Vaccination North-Western Provinces 1866-1877 - 1866-1877
Year: 1866
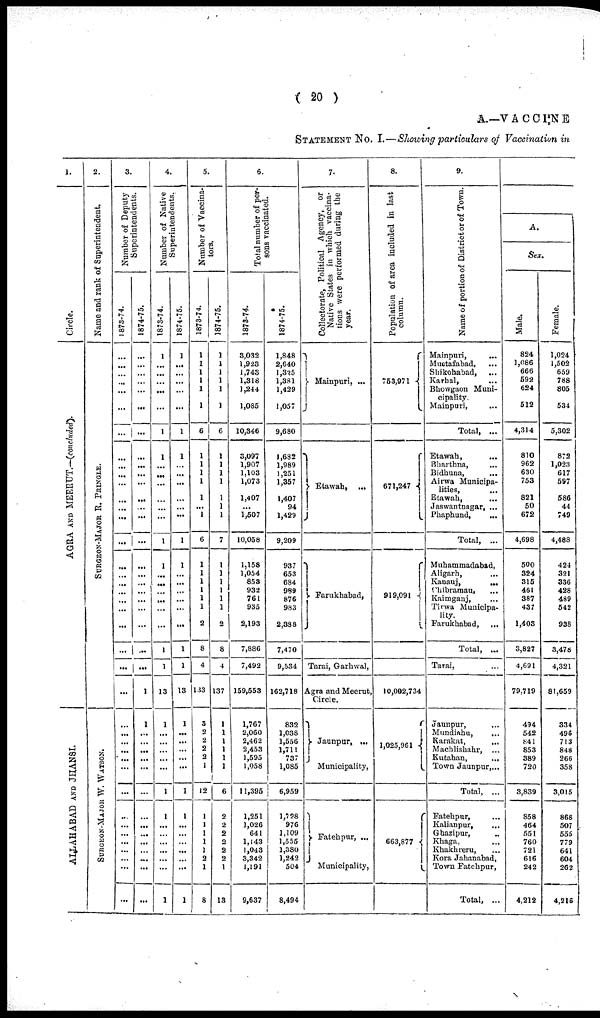
( 20 )
A.—VACCINE
STATEMENT No. I.—Showing particulars of Vaccination in
1.
Circle.
AGRA AND MEERUT.—(concluded).
ALLAHABAD
AND JHANSI
2.
Name and rank of Superintendent.
S
UR GE ON-MAJOR R. PRINGLE.
SURGEON-MAJOR W. WATSON.
3.
Number of Deputy
Superintendents.
1873-74.
...
...
...
...
...
...
...
...
...
...
...
...
...
...
...
...
...
...
...
...
...
...
...
...
...
...
...
...
...
...
...
...
...
...
...
...
...
...
...
...
1874-75.
...
...
...
...
...
...
...
...
...
...
...
...
...
...
...
...
...
...
...
...
...
...
...
...
1
1
...
...
...
...
...
...
...
...
...
...
...
...
...
...
4.
Number of Native
Superintendents.
1873-74.
1
...
...
...
...
...
1
1
...
...
...
...
...
...
1
1
...
...
...
...
...
...
1
1
13
1
...
...
...
...
...
1
1
...
...
...
...
...
...
1
1874-75.
1
...
...
...
...
...
1
1
...
...
...
...
...
...
1
1
...
...
...
...
...
...
1
1
13
1
...
...
...
...
...
1
1
...
...
...
...
...
...
1
5.
Number of Vaccina¬
tors.
1873-74.
1
1
1
1
1
1
6
1
1
1
1
1
...
1
6
1
1
1
1
1
1
2
8
4
133
3
2
2
2
2
1
12
1
1
1
1
1
2
1
8
1874-75.
1
1
1
1
1
1
6
1
1
1
1
1
1
1
7
1
1
1
1
1
1
2
8
4
137
1
1
1
1
1
1
6
2
2
2
2
2
2
1
13
6.
Total number of per-
sons vaccinated.
1873-74.
3,032
1,923
1,743
1,318
1,244
1,085
10,346
3,097
1,907
1,103
1,073
1,407
...
1,507
10,058
1,158
1,054
853
932
761
935
2,193
7,886
7,492
159,553
1,767
2,060
2,462
2,453
1,595
1,058
11,395
1,251
1,026
641
1,143
1,043
3,342
1,191
9,637
1874-75.
1,848
2,640
1,325
1,381
1,429
1,057
9,680
1,682
1,989
1,251
1,357
1,407
94
1,429
9,209
937
653
684
989
876
983
2,338
7,470
9,534
162,718
832
1,038
1,556
1,711
737
1,085
6,959
1,728
976
1,109
1,555
1,380
1,242
504
8,494
7.
Collectorate, Political Agency, or
Native States in which vaccina-
tions were performed during the
year.
Mainpuri, ...
Etawah, ...
Farukhabad,
Tarai, Garhwal,
Agra and Meerut,
Circle.
Jaunpur, ...
Municipality,
Fatehpur, ...
Municipality,
8.
Population of area included in last
column.
753,971
671,247
919,091
10,002,734
1,025,961
663,877
9.
Name of portion of District or of Town.
Mainpuri, ...
Muotafabad, ...
Shikohabad, ...
Karhal, ...
Bhowgaon Muni-
cipality.
Mainpuri, ...
Total, ...
Etawah, ...
Bharthna, ...
Bidhuna, ...
Airwa Municipa-
lities, ...
Etawah, ...
Jaswantnagar, ...
Phaphund, ...
Total, ...
Muhammadabad,
Aligarh, ...
Kanauj,
...
Chibramau, ...
Kaimganj, ...
Tirwa Municipa-
lity.
Farukhabad,
Total, ...
Tarai, ...
Jaunpur, ...
Mundiahu, ...
Karakat,
...
Machlishahr, ...
Kutahan, ...
Town Jaunpur,...
Total, ...
Fatehpur, ...
Kalianpur, ...
Ghazipur, ...
Khaga, ...
Khakhreru, ...
Kora Jahanabad,
Town Fatehpur,
Total, ...
A.
Sex.
Male.
824
1,086
666
592
624
512
4,314
810
962
630
753
821
50
672
4,698
500
324
315
461
387
437
1,403
3,827
4,691
79,719
494
542
841
853
389
720
3,839
858
464
551
760
721
616
242
4,212
Female.
1,024
1,502
659
788
805
534
5,302
872
1,023
617
597
586
44
749
4,488
424
321
336
428
489
542
938
3,478
4,321
81,659
334
496
713
848
266
358
3,015
868
507
555
779
641
604
262
4,216